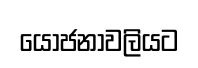
යෝජනාවලියට